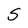
Character: S